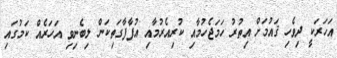
އަހަރަކީ ދިވެހި ޤައުމަށް އިތުރު ހަމަޖެހުމާއި ކުރިއެރުމާއި އުފާފާގަތިކަން ލިބެނިވި އަހަރެއް ކަމުގައި